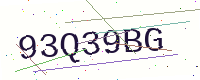
Text: 93Q39BG